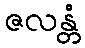
ဇလန္တံ